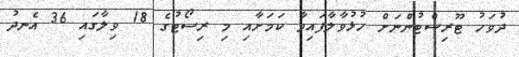
ދުވަހު ޓޫރިސްޓުންނަށް ހުޅުވާލާފައިވާ ކަމަށާއި މި ރިސޯޓުގެ 18 ވިލާގައި 36 އެނދު